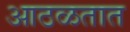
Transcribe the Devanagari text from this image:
आठळतात